Jaan_Tonisson_(Lasteleht), lk 528
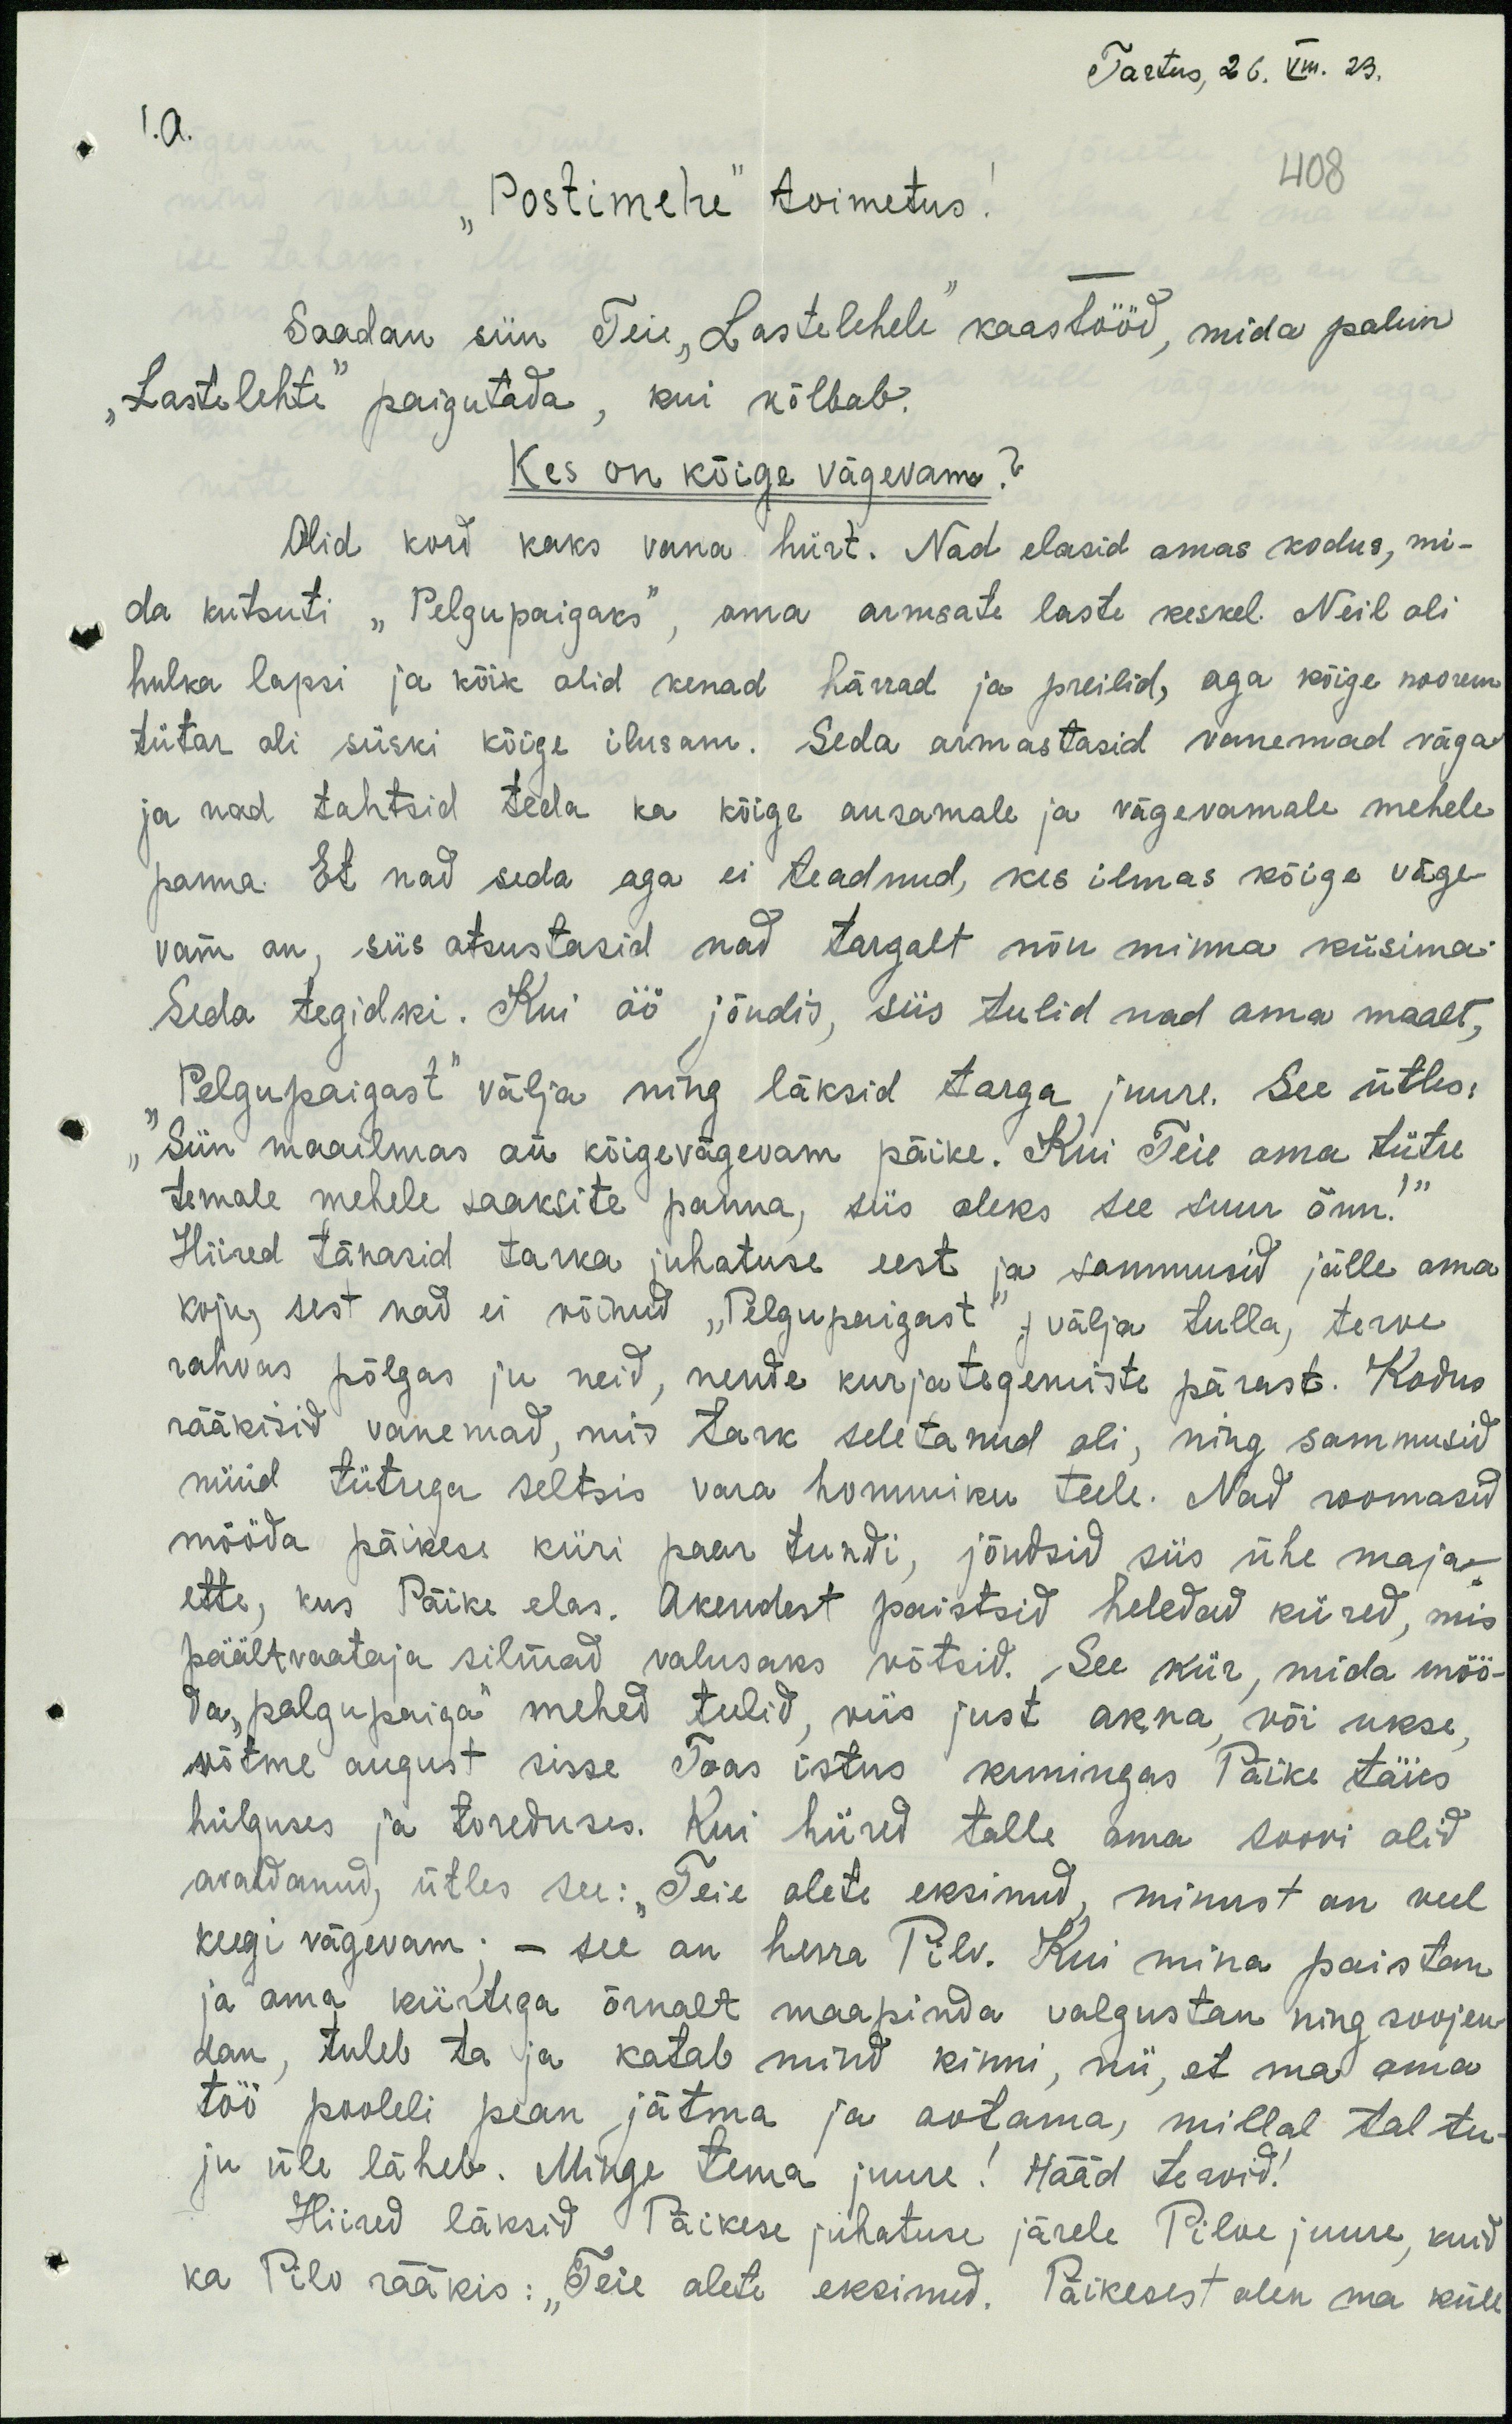
Tartus, 26. VIII. 23.
1.a.
"Postimehe" toimetus.
408
Saadan siin Teie "Lastelehele" kaastööd, mida palun
"Lastelehte" paigutada, kui kõlbab.
Kes on kõige vägevam?
Olid kord kaks vana hiirt. Nad elasid omas kodus, mi-
da kutsuti "Pelgupaigaks", oma armsate laste keskel. Neil oli
hulka lapsi ja kõik olid kenad härrad ja preilid, aga kõige noorem
tütar oli siiski kõige ilusam. Seda armastasid vanemad väga
ja nad tahtsid teda ka kõige ausamale ja vägevamale mehele
panna. Et nad seda aga ei teadnud, kes ilmas kõige väge-
vam on, siis otsustasid nad targalt nõu minna küsima.
Seda tegidki. Kui öö jõudis, siis tulid nad oma maalt,
"Pelgupaigast" välja ning läksid targa juure. See ütles
"Siin maailmas on kõigevägevam päike. Kui Teie oma tütre
temale mehele saaksite panna, siis oleks see suur õnn!"
Hiired tänasid tarka juhatuse eest ja sammusid jälle oma
koju, sest nad ei võinud "Pelgupaigast" "välja tulla, terve
rahvas põlgas ju neid, nende kurjategemiste pärast. Kodus
rääkisid vanemad, mis tark seletanud oli, ning sammusid
nüüd tütrega seltsis vara hommiku teele. Nad roomasid
mööda päikese kiiri paar tundi, jõudsid siis ühe maja
ette, kus Päike elas. Akendest paistsid heledad kiired, mis
päältvaataja silmad valusaks võtsid. See kiir, mida möö-
da "pelgupaiga" mehed tulid, viis just akna või ukse,
võtme august sisse Toas istus kuningas Päike täies,
hiilguses ja toreduses. Kui hiired talle oma soovi olid
avaldanud, ütles see: "Teie olete eksinud." minust on veel
keegi vägevam: - see on herra Pilv. Kui mina paistan
ja oma kiirtega õrnalt maapinda valgustan ning soojen-
dan, tuleb ta ja katab mind kinni, nii, et ma oma
töö pooleli pean jätma ja ootama, millal tal tu-
ju üle läheb. Minge tema juure! Hääd tervid!
Hiired läksid Päikese juhatuse järele Pilve juure, kuid
ka Pilv rääkis: "Teie olete eksinud." Päikesest olen ma küll